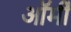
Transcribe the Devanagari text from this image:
ऑर्मी